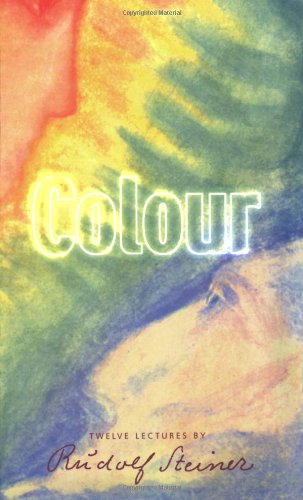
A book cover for Colour; Rudolf Steiner; Religion & Spirituality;